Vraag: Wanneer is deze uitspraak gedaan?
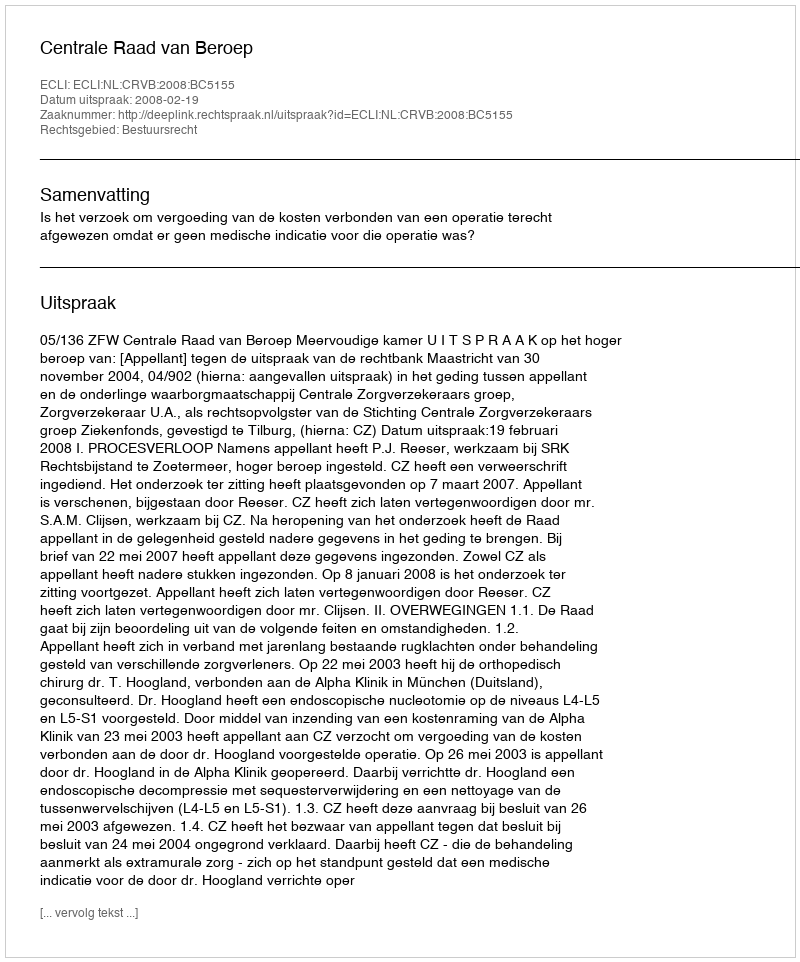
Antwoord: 2008-02-19